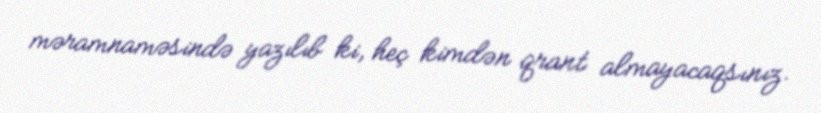
məramnaməsində yazılıb ki, heç kimdən qrant almayacaqsınız.